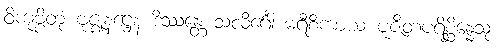
ဝိကုဗ္ဗိတုံ ဗုဇ္ဈနဋ္ဌေန ဒိဿန္တေ သလိင်္ဂေါ မရီစိကာယ ပူဇိတပရိစ္ဆိန္နေသု